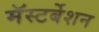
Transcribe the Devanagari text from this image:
मॅस्टर्बेशन